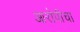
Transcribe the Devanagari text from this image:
आरोपीचा